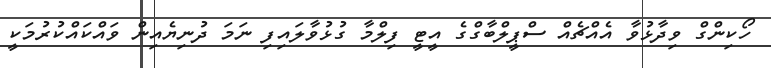
ހޯކިންގް ވިދާޅުވާ އެއްޗެއް ސްޕީލްބާގްގެ އީޓީ ފިލްމާ ގުޅުވާލައިފި ނަމަ ދުނިޔެއިން ވައްކައްކުރުމަކީ